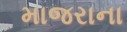
માજરાના